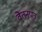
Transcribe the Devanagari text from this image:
वेतनपत्र